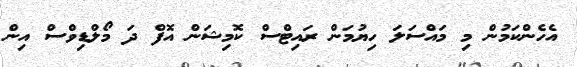
އެހެންކަމުން މި މައްސަލަ ހިޔުމަން ރައިޓްސް ކޮމިޝަން އޮފް ދަ މޯލްޑިވްސް އިން